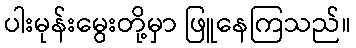
ပါးမုန်းမွေးတို့မှာ ဖြူနေကြသည်။